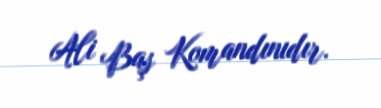
Ali Baş Komandınıdır.